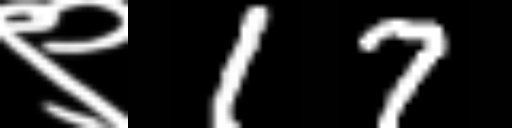
Text: ९17